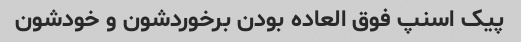
پیک اسنپ فوق العاده بودن برخوردشون و خودشون